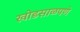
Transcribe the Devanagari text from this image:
खोडसाळपणे